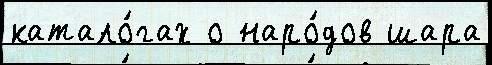
катало́гах о наро́дов шара